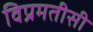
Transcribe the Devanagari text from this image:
विप्रमतीसी